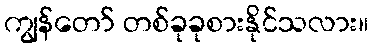
ကျွန်တော် တစ်ခုခုစားနိုင်သလား။